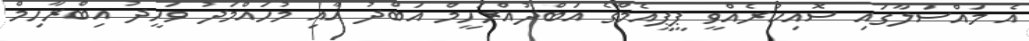
އެ މައްސަލާގައި ސޮއިކުރެއްވީ ޕީޕީއެމްގެ އަބްދުއްރަހީމް އަބްދު އާއި މުހައްމަދު ވަހީދު އިބްރާހިމް